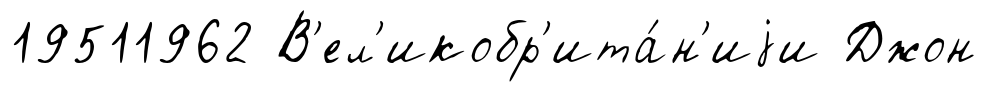
19511962 В'ел'икобр'ита́н'иjи Джон